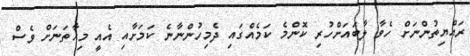
ރައްޔިތުންނަށް ހެވާ ލާބައަށްހުރި ކޮންމެ ކަމެއްގައި ދެމިހުންނާނެ ކަމަށާއި އެއީ މިހާތަނަށް ވެސް